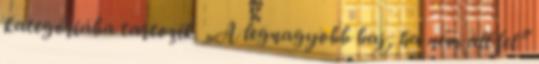
kategóriába tartozik. „A legnagyobb baj, ha nem áll fel”